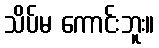
သိပ်မ ကောင်းဘူး။